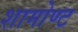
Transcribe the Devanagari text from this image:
शामोण्ट